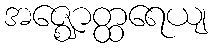
အဇ္ဈောတ္ထရေယျ